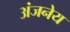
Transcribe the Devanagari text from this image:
अंजनेय